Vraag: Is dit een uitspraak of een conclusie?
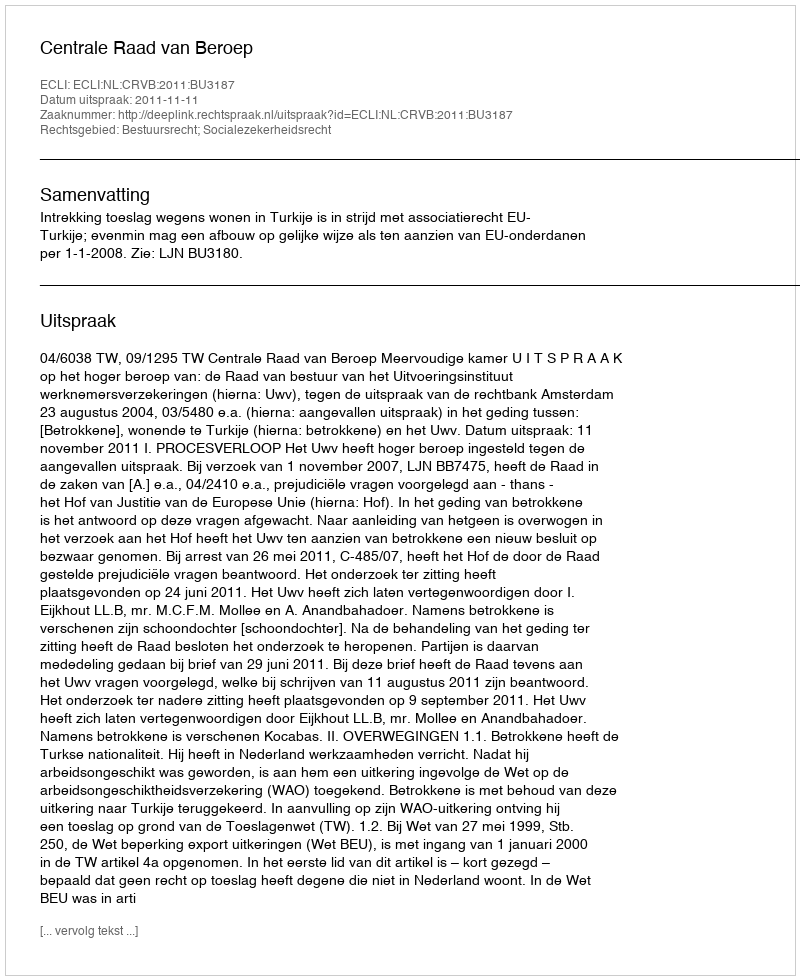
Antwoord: Uitspraak